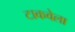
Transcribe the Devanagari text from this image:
टाकवेला